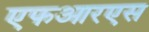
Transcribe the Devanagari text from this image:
एफआरएस